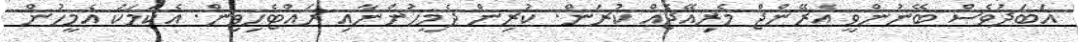
އަބަދުވެސް ބޭނުންވީ އެރޭންޖް މެރިއޭޖެއް ކުރަން. ކުރިން ދެމީހުންނާއި ރައްޓެހިވިން. އެކަމަކު އެމީހުން